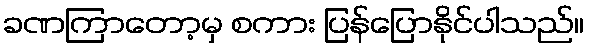
ခဏကြာတော့မှ စကား ပြန်ပြောနိုင်ပါသည်။